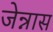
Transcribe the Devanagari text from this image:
जेन्नास